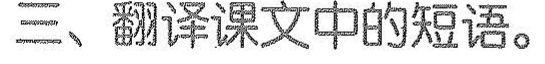
三、翻译课文中的短语。